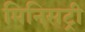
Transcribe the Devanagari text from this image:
मिनिसट्री